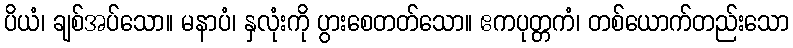
ပိယံ၊ ချစ်အပ်သော။ မနာပံ၊ နှလုံးကို ပွားစေတတ်သော။ ဧကပုတ္တကံ၊ တစ်ယောက်တည်းသော